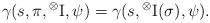
LaTeX: \begin{align*} \gamma(s,\pi,{}^\otimes{\rm I},\psi) = \gamma(s,{}^\otimes{\rm I}(\sigma),\psi).\end{align*}